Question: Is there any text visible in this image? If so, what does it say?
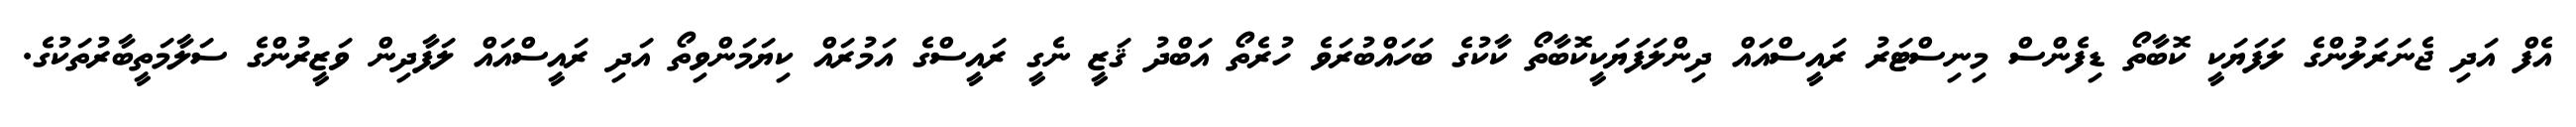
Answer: އެފް އަދި ޖެނަރަލުންގެ ލަފަޔަކީ ކޮބާތޯ ޑިފެންސް މިނިސްޓަރު ރައީސްއައް ދިންލަފަޔަކީކޮބާތޯ ކާކުގެ ބަހައްބުރަވެ ހުރެތޯ އަބްދު ޤަޒީ ނެގީ ރައީސްގެ އަމުރައް ކިޔަމަންވިތޯ އަދި ރައީސްއައް ލަފާދިން ވަޒީރުންގެ ސަލާމަތީބާރުތަކުގެ.